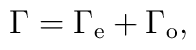
\Gamma = \Gamma_{\rm e} + \Gamma_{\rm o} ,